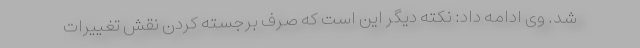
شد. وی ادامه داد: نکته دیگر این است که صرف برجسته کردن نقش تغییرات